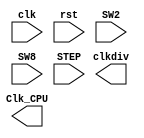
module clk_div(clk, rst, SW2, SW8, STEP, clkdiv, Clk_CPU)
    /* synthesis syn_black_box black_box_pad_pin = "clk,rst,SW2,SW8,STEP,clkdiv[31:0],Clk_CPU" */;
     input clk;
     input rst;
     input SW2;
     input SW8;
     input STEP;
     output [31:0]clkdiv;
     output Clk_CPU;
     endmodule